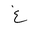
Letter: _gayn